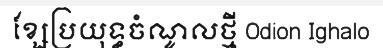
ខ្សែប្រយុទ្ធចំណូលថ្មី Odion Ighalo